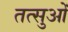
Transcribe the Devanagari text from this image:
तत्सुओं